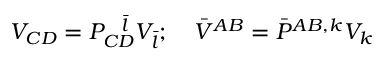
V _ { C D } = P _ { C D } ^ { \ \ \bar { l } } V _ { \bar { l } } ; \quad \bar { V } ^ { A B } = \bar { P } ^ { A B , k } V _ { k }